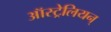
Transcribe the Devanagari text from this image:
ऑस्ट्रेलियन्